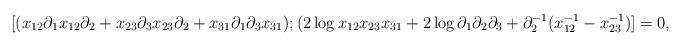
LaTeX: \begin{align*}[(x_{12}\partial_1x_{12}\partial_2+x_{23}\partial_3x_{23}\partial_2+x_{31}\partial_1\partial_3x_{31});(2\log x_{12}x_{23}x_{31}+2\log\partial_1\partial_2\partial_3+\partial_2^{-1}(x_{12}^{-1}-x_{23}^{-1})]=0,\end{align*}